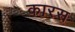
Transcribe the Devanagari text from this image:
कारस